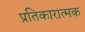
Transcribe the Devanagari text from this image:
प्रतिकारात्मक